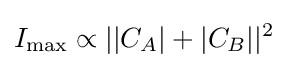
I_{\max }\propto ||C_{A}|+|C_{B}||^{2}